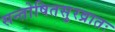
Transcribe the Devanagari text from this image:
सन्तोषितसुरव्रातः